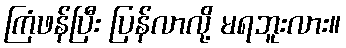
ကြံဖန်ပြီး ပြန်လာလို့ မရဘူးလား။